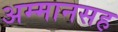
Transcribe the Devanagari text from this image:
अम्मानसह